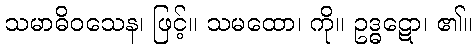
သမာဓိဝသေန၊ ဖြင့်။ သမထော၊ ကို။ ဥဒ္ဓဋော၊ ၏။